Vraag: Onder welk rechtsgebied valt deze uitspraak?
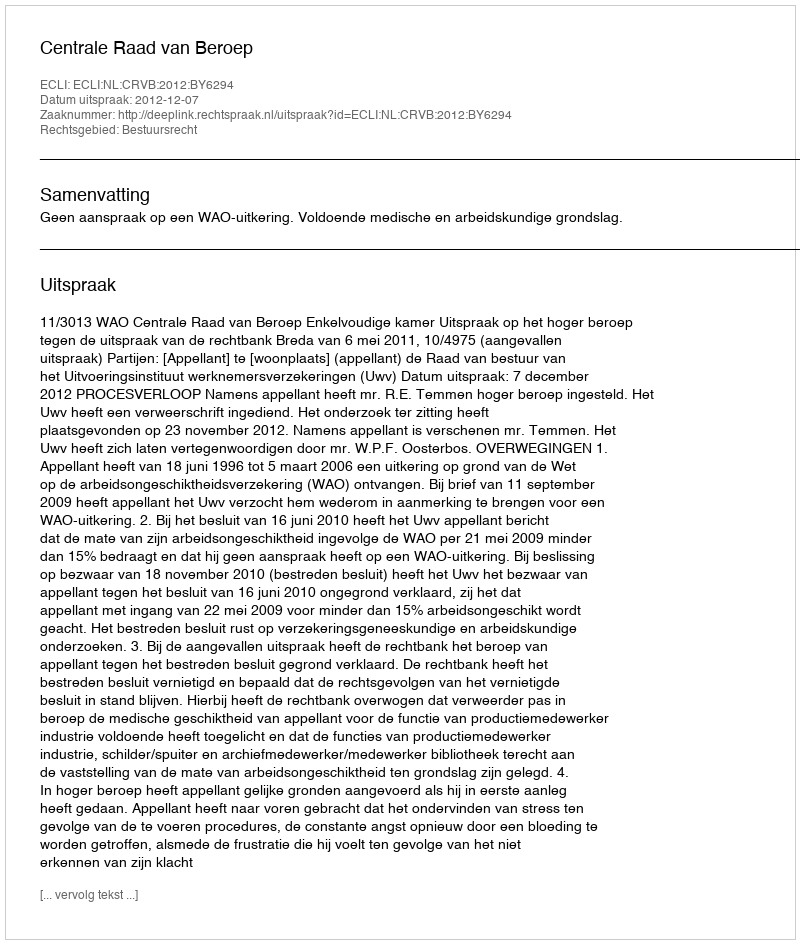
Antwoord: Bestuursrecht